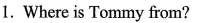
1. Where is Tommy from?